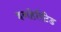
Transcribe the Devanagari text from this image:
इनहेरिटेड